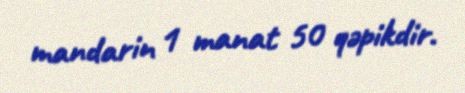
mandarin 1 manat 50 qəpikdir.